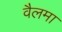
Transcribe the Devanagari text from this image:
वैलमा